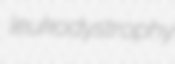
leukodystrophy